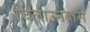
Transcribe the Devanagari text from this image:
चिलाउनेबास